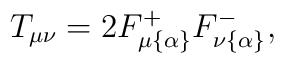
T_{\mu\nu}=2F^+_{\mu\{\alpha\}}F^-_{\nu\{\alpha\}},